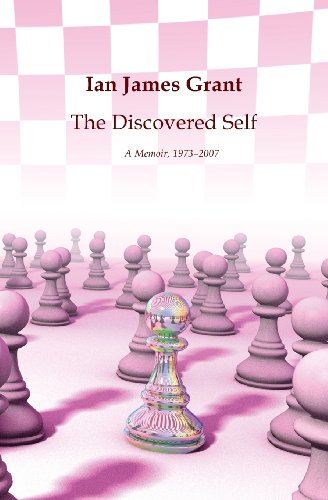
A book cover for The Discovered Self: A Memoir, 1973-2007; Ian James Grant; Parenting & Relationships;